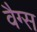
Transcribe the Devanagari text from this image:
वैग्स